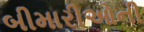
બીમારીઓની